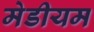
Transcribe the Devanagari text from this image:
मेडीयम